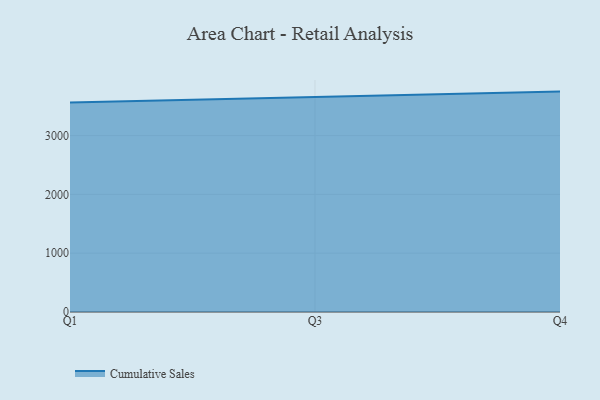
{"axis": {"x": "Quarter", "y": "Inventory Turnover"}, "legend": ["Cumulative Sales"], "data": [{"x": "Q1", "y": 3564.5, "type": "Cumulative Sales"}, {"x": "Q3", "y": 3661.1, "type": "Cumulative Sales"}, {"x": "Q4", "y": 3747.8, "type": "Cumulative Sales"}]}